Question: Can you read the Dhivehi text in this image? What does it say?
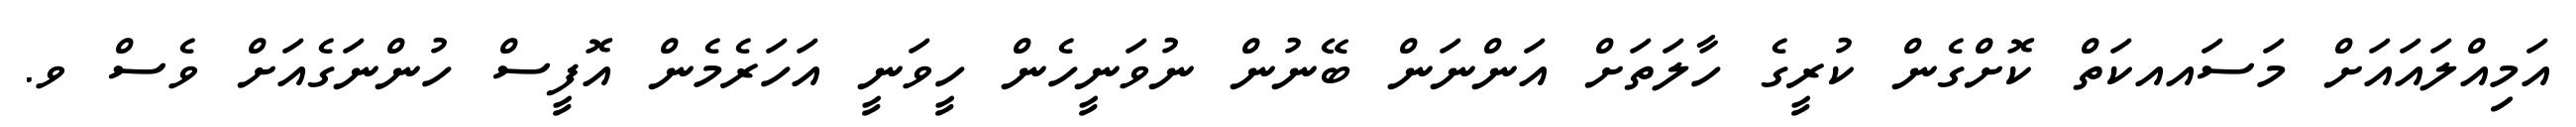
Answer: އަމިއްލައައަށް މަސައއކަތް ކޮށްގެން ކުރީގެ ހާލަތަށް އަންނަން ބޭނުން ނުވަނީހެން ހީވަނީ އަހަރެމެން އޮފީސް ހުންނަގެއަށް ވެސް ވ.